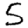
Digit: 5